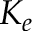
K _ { e }